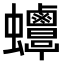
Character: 𧖋